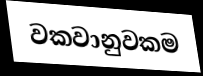
වකවානුවකම